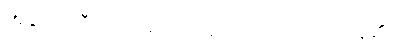
အရာရှိကြီးက ခေါင်းတဆတ်ဆတ် လုပ်နေ၏။